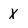
Character: X